Civil Veterinary Department Bihar & Orissa reports 1929-36 - 1929-1936
Year: 1929
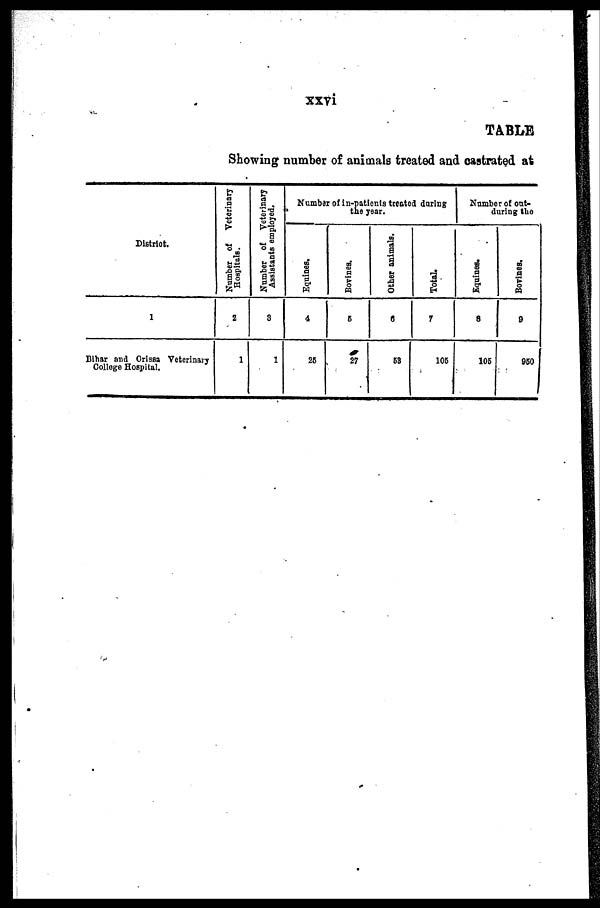
xxvi
TABLE
Showing number of animals treated and castrated at
District.
1
Bihar and Orissa Veterinary
College Hospital.
Number of Veterinary
Hospitals.
2
1
Number of Veterinary
Assistants employed.
3
1
Number of in-patients treated during
the year.
Equines.
4
25
Bovines.
5
27
Other animals.
6
53
Total.
7
105
Number of out-
during the
Equines.
8
105
Bovines.
9
950